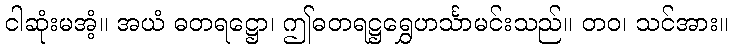
ငါဆုံးမအံ့။ အယံ ဓတရဋ္ဌော၊ ဤဓတရဋ္ဌရွှေဟင်္သာမင်းသည်။ တဝ၊ သင်အား။